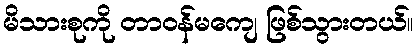
မိသားစုကို တာဝန်မကျေ ဖြစ်သွားတယ်။